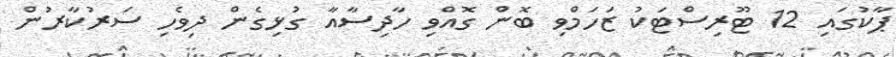
ޕާކުގައި 12 ޓޫރިސްޓަކު ޒަހަމްވި ބޮން ގޮއްވި ހާދިސާއާ ގުޅިގެން ދިވެހި ސަރުކާރުން